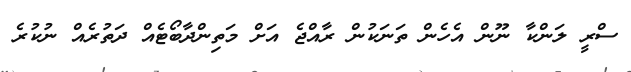
ސްރީ ލަންކާ ނޫން އެހެން ތަނަކުން ރާއްޖެ އަށް މަތިންދާބޯޓެއް ދަތުރެއް ނުކުރެ